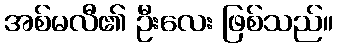
အစ်မလီ၏ ဦးလေး ဖြစ်သည်။